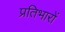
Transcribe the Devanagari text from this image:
प्रतिभारों